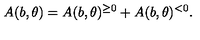
A ( b , \theta ) = A ( b , \theta ) ^ { \geq 0 } + A ( b , \theta ) ^ { < 0 } .